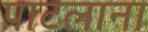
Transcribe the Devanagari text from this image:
पाटलाना